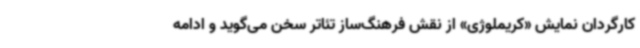
کارگردان نمایش «کریملوژی» از نقش فرهنگ‌ساز تئاتر سخن می‌گوید و ادامه